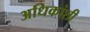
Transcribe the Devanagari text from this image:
अधिकांशी